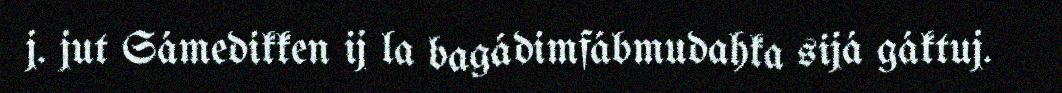
j. jut Sámedikken ij la bagádimfábmudahka sijá gáktuj.